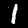
Digit: 1